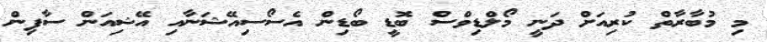
މި މުބާރާތް ކުރިއަށް ދަނީ މޯލްޑިވްސް ބޮޑީ ބޯޑިން އެސޯސިއޭޝަނާއި އޭޝިއަން ސާފިން